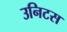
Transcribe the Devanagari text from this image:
उनिटस